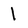
Character: l